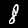
Digit: 8